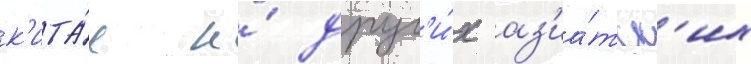
к'ита́е и́ друг'и́х аз'иа́тск'их